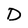
Character: D